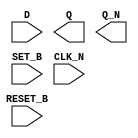
module sky130_fd_sc_ms__dfbbn (
    //# {{data|Data Signals}}
    input  D      ,
    output Q      ,
    output Q_N    ,

    //# {{control|Control Signals}}
    input  RESET_B,
    input  SET_B  ,

    //# {{clocks|Clocking}}
    input  CLK_N
);

    // Voltage supply signals
    supply1 VPWR;
    supply0 VGND;
    supply1 VPB ;
    supply0 VNB ;

endmodule